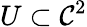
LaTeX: U\subset\mathcal{C}^{2}